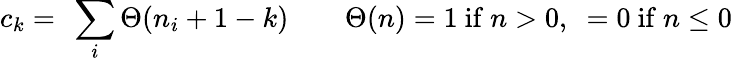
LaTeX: c_{k}=\ \sum_{i}\Theta(n_{i}+1-k)\qquad\Theta(n)=1\mathrm{~if~}n>0,\ =0\mathrm{~if~}n\leq 0